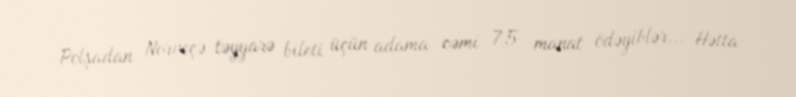
Polşadan Norveçə təyyarə bileti üçün adama cəmi 7,5 manat ödəyiblər... Hətta